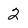
Character: 2